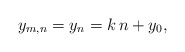
\begin{align*}y_{m,n}=y_n = k\, n + y_0,\end{align*}